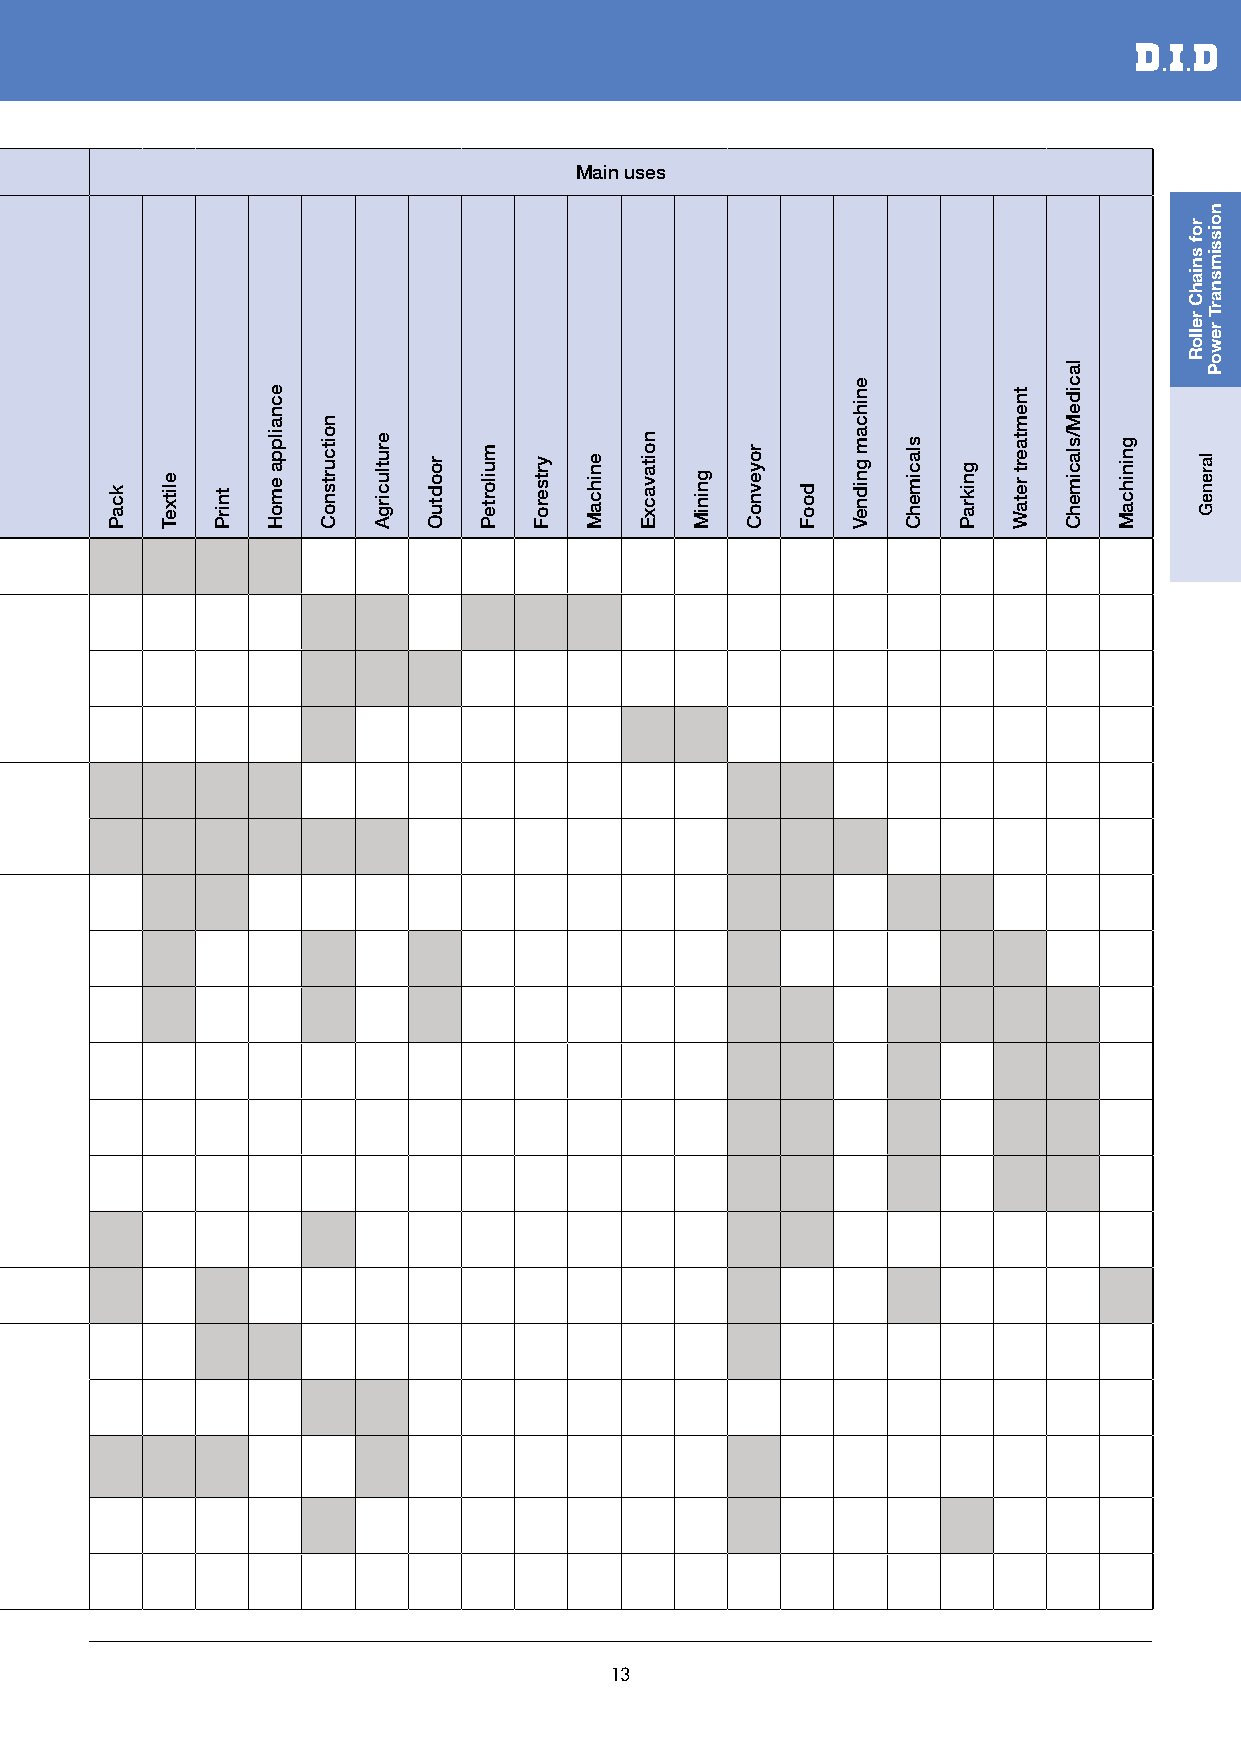
Functions                             Main uses
 Classification by use Product No. Page
 Standard Roller Chain JIS · ANSI P18~47
 HK
 -10~80 °C
 High-strength Roller Chain Series HI-PWR-S P48~63
 HI-PWR-S HK
 UR -10~60 °C
 Ultimate Life Chain Series P64~79
 LX, LD -10~120 °C
 N
 E P80~87 -10~80 °C
 WG
 Environment Resistance Chain Series SS
 -10~400 °C
 SSK P88~93
 SSLT -10~200 °C
 TK P94,95 -40~80 °C
 Low Noise Chain Series UN P96~99 -10~80 °C
 Bicycle Chain
 P100~104
 Agricultural Roller Chain
 Specialty British
 BS roller Chain P105
 Chain Series Standard
 AL
 Leaf Chain P106
 BL
 13
 noisnet
 hgiH
 ecnatsiser
 raeW
 secnatsmucric
 ytsuD
 sag
 evisorroc
 tsniaga
 tnatsiseR
 diuqil
 dica
 ,ilakla
 tsniaga
 tnatsiseR
 secnatsmucric
 eneigyH
 esion
 woL
 erutarepmet
 hgiH
 erutarepmet
 woL
 erutarepmet
 tneibma
 elbawollA
 kcaP elitxeT tnirP
 ecnailppa
 emoH
 noitcurtsnoC
 erutlucirgA
 roodtuO
 muilorteP
 yrtseroF enihcaM
 noitavacxE
 gniniM
 royevnoC
 dooF
 enihcam
 gnidneV
 slacimehC
 gnikraP
 tnemtaert
 retaW
 lacideM/slacimehC
 gninihcaM
 rof
 sniahC
 relloR
 lareneG
 noissimsnarT
 rewoP